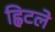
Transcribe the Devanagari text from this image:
ह्विटले